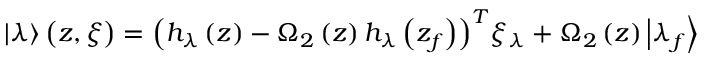
\begin{array} { r } { \left| \lambda \right\rangle \left( z , \xi \right) = { { \left( { { h } _ { \lambda } } \left( z \right) - { { \Omega } _ { 2 } } \left( z \right) { { h } _ { \lambda } } \left( { { z } _ { f } } \right) \right) } ^ { T } } { { \xi } _ { \lambda } } + { { \Omega } _ { 2 } } \left( z \right) { \left| { { \lambda } _ { f } } \right\rangle } } \end{array}